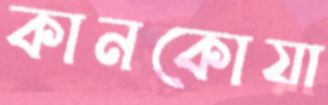
কানকোয়া